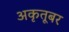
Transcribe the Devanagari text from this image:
अकृतूबर